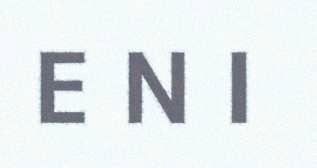
E N I